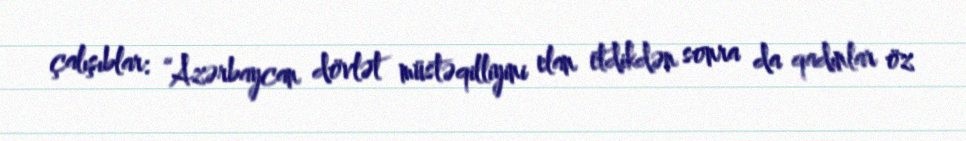
çalışıblar: “Azərbaycan dövlət müstəqilliyini elan etdikdən sonra da qadınlar öz